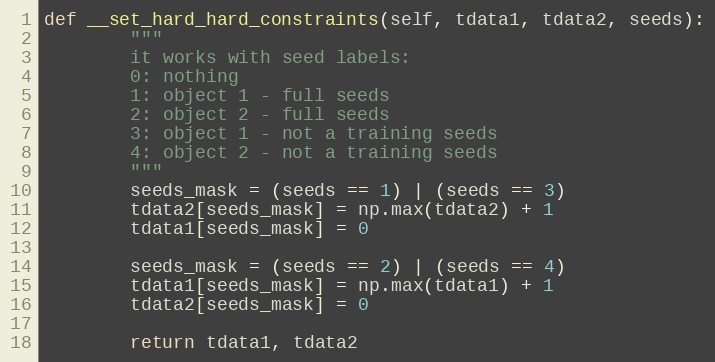
Language: Python
def __set_hard_hard_constraints(self, tdata1, tdata2, seeds):
        """
        it works with seed labels:
        0: nothing
        1: object 1 - full seeds
        2: object 2 - full seeds
        3: object 1 - not a training seeds
        4: object 2 - not a training seeds
        """
        seeds_mask = (seeds == 1) | (seeds == 3)
        tdata2[seeds_mask] = np.max(tdata2) + 1
        tdata1[seeds_mask] = 0

        seeds_mask = (seeds == 2) | (seeds == 4)
        tdata1[seeds_mask] = np.max(tdata1) + 1
        tdata2[seeds_mask] = 0

        return tdata1, tdata2